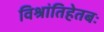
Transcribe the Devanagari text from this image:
विश्रांतिहेतबः